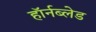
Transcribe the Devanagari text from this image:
हॉर्नब्लेड